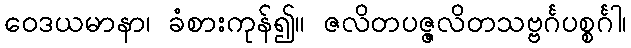
ဝေဒယမာနာ၊ ခံစားကုန်၍။ ဇလိတပဇ္ဇလိတသဗ္ဗင်္ဂပစ္စင်္ဂါ၊